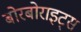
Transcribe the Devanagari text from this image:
बोरबोराइट्स